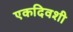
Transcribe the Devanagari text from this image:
एकदिवशी